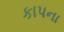
કાપના